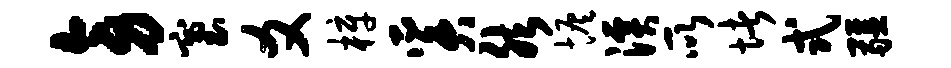
旁塞爻梓奚然恢溪所堵式疆